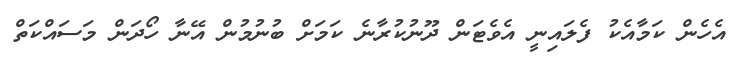
އެހެން ކަމާއެކު ފެލައިނީ އެވެޓަން ދޫނުކުރާނެ ކަމަށް ބުނުމުން އޭނާ ހޯދަން މަސައްކަތް